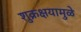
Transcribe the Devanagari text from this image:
शुक्रक्षयामुळे